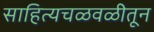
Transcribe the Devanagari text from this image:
साहित्यचळवळीतून